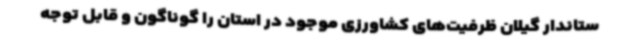
ستاندار گیلان ظرفیت‌های کشاورزی موجود در استان را گوناگون و قابل توجه